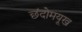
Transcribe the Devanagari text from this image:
छंदोमयूख